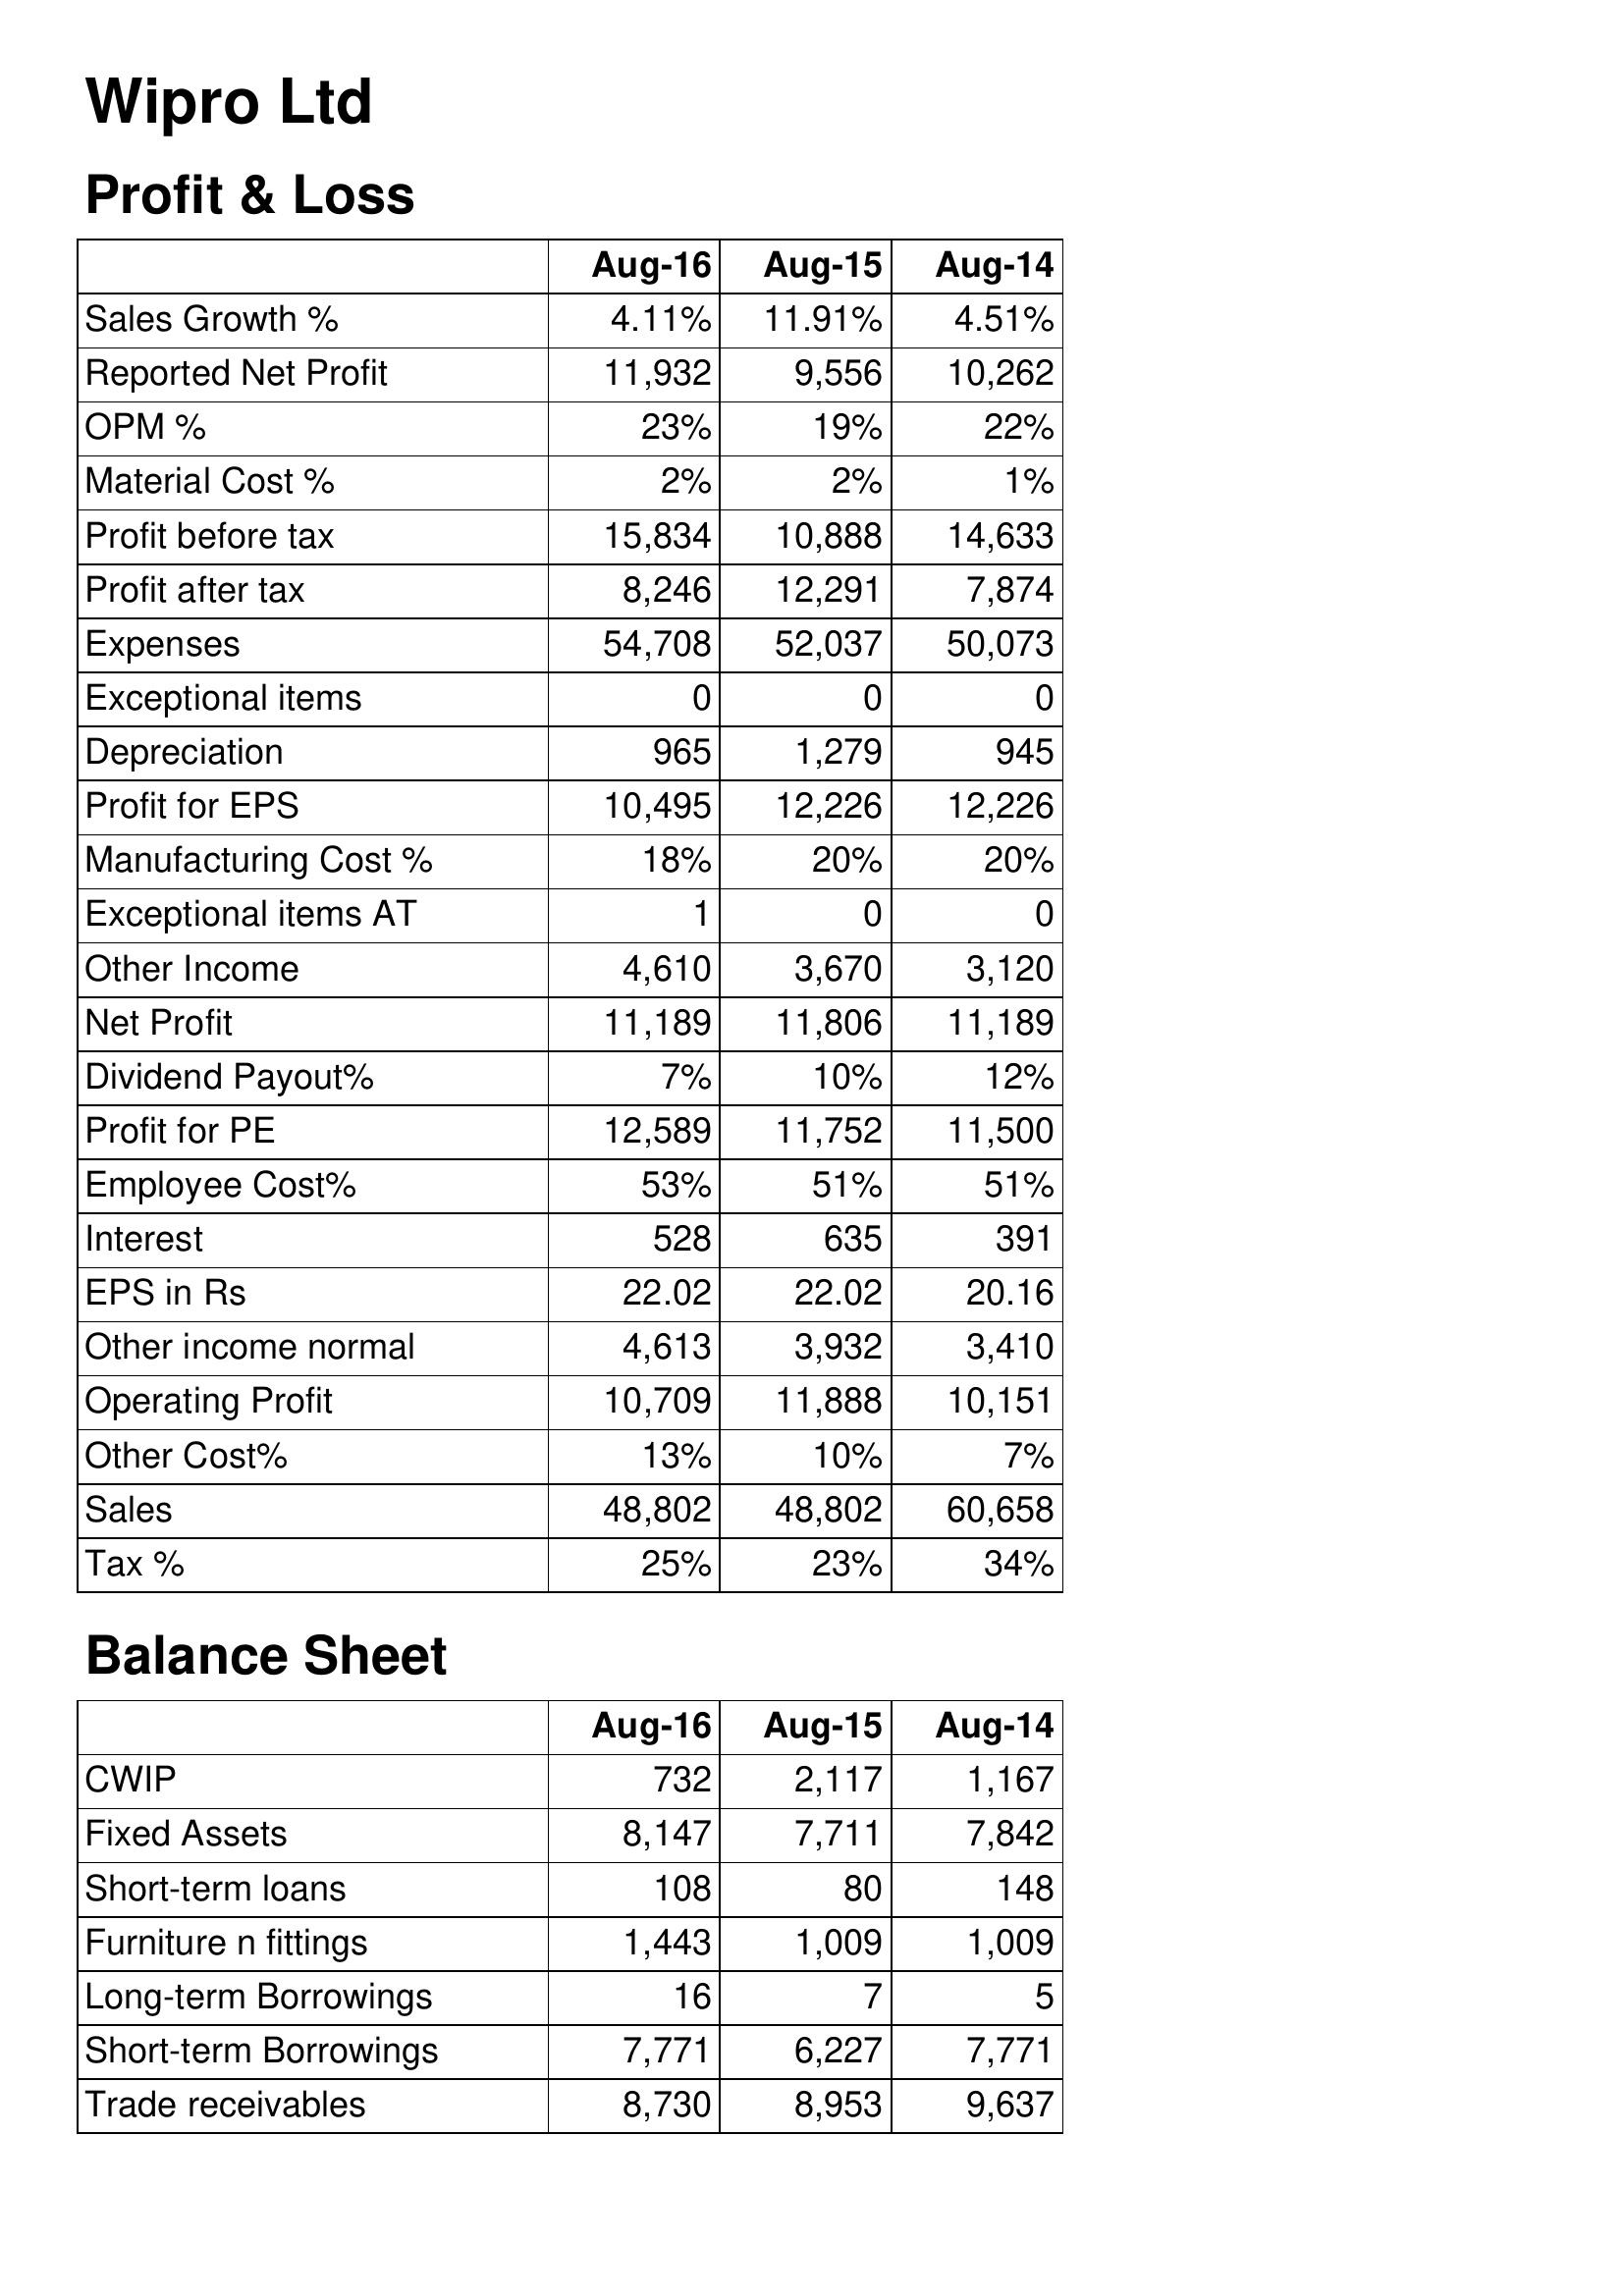
Aug-16: Profit & Loss: Sales Growth %: 4.11%
Reported Net Profit: 11,932
OPM %: 23%
Material Cost %: 2%
Profit before tax: 15,834
Profit after tax: 8,246
Expenses: 54,708
Exceptional items: 0
Depreciation: 965
Profit for EPS: 10,495
Manufacturing Cost %: 18%
Exceptional items AT: 1
Other Income: 4,610
Net Profit: 11,189
Dividend Payout%: 7%
Profit for PE: 12,589
Employee Cost%: 53%
Interest: 528
EPS in Rs: 22.02
Other income normal: 4,613
Operating Profit: 10,709
Other Cost%: 13%
Sales: 48,802
Tax %: 25%
Balance Sheet: CWIP: 732
Fixed Assets: 8,147
Short-term loans: 108
Furniture n fittings: 1,443
Long-term Borrowings: 16
Short-term Borrowings: 7,771
Trade receivables: 8,730
Aug-15: Profit & Loss: Sales Growth %: 11.91%
Reported Net Profit: 9,556
OPM %: 19%
Material Cost %: 2%
Profit before tax: 10,888
Profit after tax: 12,291
Expenses: 52,037
Exceptional items: 0
Depreciation: 1,279
Profit for EPS: 12,226
Manufacturing Cost %: 20%
Exceptional items AT: 0
Other Income: 3,670
Net Profit: 11,806
Dividend Payout%: 10%
Profit for PE: 11,752
Employee Cost%: 51%
Interest: 635
EPS in Rs: 22.02
Other income normal: 3,932
Operating Profit: 11,888
Other Cost%: 10%
Sales: 48,802
Tax %: 23%
Balance Sheet: CWIP: 2,117
Fixed Assets: 7,711
Short-term loans: 80
Furniture n fittings: 1,009
Long-term Borrowings: 7
Short-term Borrowings: 6,227
Trade receivables: 8,953
Aug-14: Profit & Loss: Sales Growth %: 4.51%
Reported Net Profit: 10,262
OPM %: 22%
Material Cost %: 1%
Profit before tax: 14,633
Profit after tax: 7,874
Expenses: 50,073
Exceptional items: 0
Depreciation: 945
Profit for EPS: 12,226
Manufacturing Cost %: 20%
Exceptional items AT: 0
Other Income: 3,120
Net Profit: 11,189
Dividend Payout%: 12%
Profit for PE: 11,500
Employee Cost%: 51%
Interest: 391
EPS in Rs: 20.16
Other income normal: 3,410
Operating Profit: 10,151
Other Cost%: 7%
Sales: 60,658
Tax %: 34%
Balance Sheet: CWIP: 1,167
Fixed Assets: 7,842
Short-term loans: 148
Furniture n fittings: 1,009
Long-term Borrowings: 5
Short-term Borrowings: 7,771
Trade receivables: 9,637